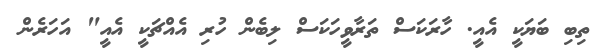
ތިބި ބަޔަކީ އެއީ. ހާރަކަސް ތަރާވީހަކަސް ލިބެން ހުރި އެއްޗަކީ އެއީ" އަހަރެން